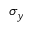
\sigma _ { y }